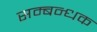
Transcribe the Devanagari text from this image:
सम्बन्धक